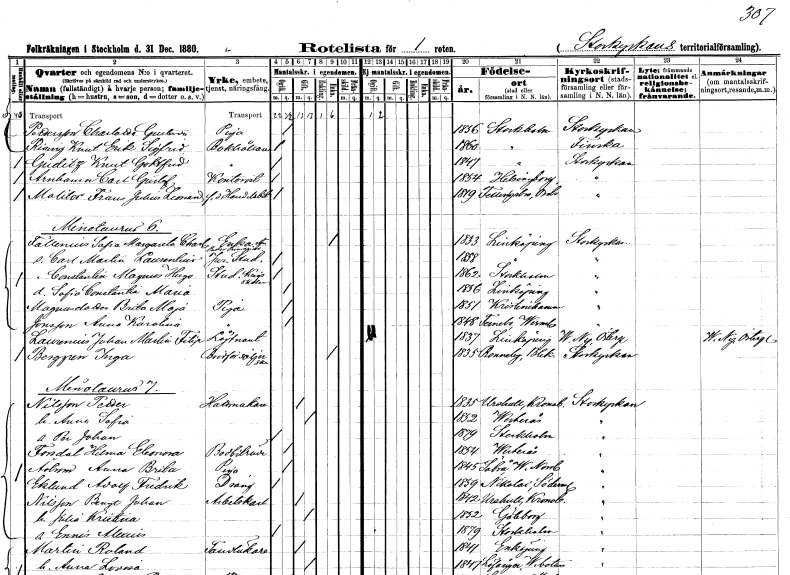
gt_parse: households: individuals: FN: Charlotta Gustava
EN: Pettersson
YRKE: Piga
KON: K
CIV: O
FODAR: 1856
FODFORS: Stockholm
FN: Knut Erik Sigrid
EN: Rising
YRKE: Bokhållare
KON: M
CIV: O
FODAR: 1860
FODFORS: Stockholm
FN: Knut Gottfrid
EN: Guditz
YRKE: Bokhållare
KON: M
CIV: O
FODAR: 1847
FODFORS: Stockholm
FN: Carl Gustaf
EN: Arnhamn
YRKE: Kontorist
KON: M
CIV: O
FODAR: 1854
FODFORS: Hälsingborg Malmöhus län
FN: Frans Julius Leonard
EN: Molitor
YRKE: Handelsbiträde f.d.
KON: M
CIV: O
FODAR: 1819
FODFORS: Fellingsbro Örebro län
FN: Sofia Margareta Charlotta
EN: Fallenius
YRKE: Änka
KON: K
CIV: E
FODAR: 1833
FODFORS: Linköping Östergötlands län
FN: Carl Martin Laurentius
YRKE: Juridikstuderande
KON: M
CIV: O
FODAR: 1858
FODFORS: Linköping Östergötlands län
FN: Constantin Magnus Hugo
YRKE: Krigsskoleelev
KON: M
CIV: O
FODAR: 1862
FODFORS: Stockholm
FN: Sofia Constantia Maria
KON: K
CIV: O
FODAR: 1856
FODFORS: Linköping Östergötlands län
FN: Brita Maja
EN: Magnusdotter
YRKE: Piga
KON: K
CIV: O
FODAR: 1851
FODFORS: Kristinehamn Värmlands län
FN: Anna Karolina
EN: Jonsson
YRKE: Piga
KON: K
CIV: O
FODAR: 1848
FODFORS: Färnebo Värmlands län
FN: Johan Martin Filip
EN: Laurenius
YRKE: Löjtnant
KON: M
CIV: O
FODAR: 1837
FODFORS: Linköping Östergötlands län
FN: Inga
EN: Berggren
YRKE: Brödförsäljerska
KON: K
CIV: E
FODAR: 1835
FODFORS: Ronneby Blekinge län
FN: Petter
EN: Nilsson
YRKE: Hattmakare
KON: M
CIV: G
FODAR: 1835
FODFORS: Urshult Kronobergs län
FN: Anna Sofia
KON: K
CIV: G
FODAR: 1852
FODFORS: Västerås Västmanlands län
FN: Per Johan
KON: M
CIV: O
FODAR: 1879
FODFORS: Stockholm
FN: Hilma Eleonora
EN: Forsdal
YRKE: Bodbiträde
KON: K
CIV: O
FODAR: 1854
FODFORS: Västerås Västmanlands län
FN: Anna Brita
EN: Åström
YRKE: Piga
KON: K
CIV: O
FODAR: 1845
FODFORS: Säbrå Västernorrlands län
FN: Adolf Fredrik
EN: Eklund
YRKE: Dräng
KON: M
CIV: O
FODAR: 1859
FODFORS: Nikolai Södermanlands län
FN: Bengt Johan
EN: Nilsson
YRKE: Arbetskarl
KON: M
CIV: G
FODAR: 1842
FODFORS: Urshult Kronobergs län
FN: Julia Kristina
KON: K
CIV: G
FODAR: 1852
FODFORS: Göteborg Göteborgs- och Bohuslän
FN: Ennis Alexius
KON: M
CIV: O
FODAR: 1879
FODFORS: Stockholm